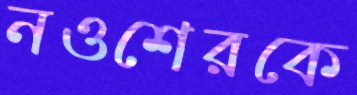
নওশেরকে